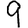
Digit: 9